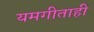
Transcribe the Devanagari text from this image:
यमगीताही